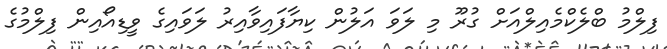
ފިލްމު ބްލެކްމެއިލްއަށް ގުރޫ މި ލަވަ އަލުން ކިޔާފައިވާއިރު ލަވައިގެ ވީޑިއޯއިން ފިލްމުގެ